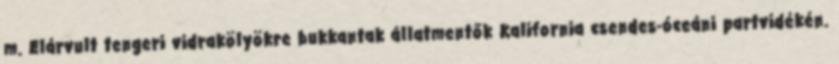
m. Elárvult tengeri vidrakölyökre bukkantak állatmentők Kalifornia csendes-óceáni partvidékén.